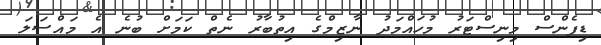
ޑިފެންސް މިނިސްޓަރު މުހައްމަދު ނާޒިމްގެ އިތުބާރު ނެތް ކަމަށް ބުނެ އެ މައްސަލަ